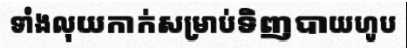
ទាំងលុយកាក់សម្រាប់ទិញបាយហូប